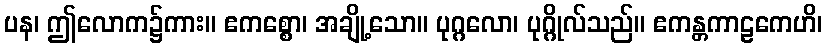
ပန၊ ဤလောက၌ကား။ ဧကစ္စော၊ အချို့သော။ ပုဂ္ဂလော၊ ပုဂ္ဂိုလ်သည်။ ဧကန္တကာဠကေဟိ၊